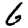
Digit: 6